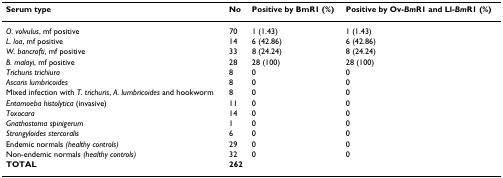
<table><thead><tr><td><b>Serum type</b></td><td><b>No</b></td><td><b>Positive by BmR1 (%)</b></td><td><b>Positive by Ov-<i>Bm</i>R1 and Ll-<i>Bm</i>R1 (%)</b></td></tr></thead><tbody><tr><td><i>O. volvulus</i>, mf positive</td><td>70</td><td>1 (1.43)</td><td>1 (1.43)</td></tr><tr><td><i>L. loa</i>, mf positive</td><td>14</td><td>6 (42.86)</td><td>6 (42.86)</td></tr><tr><td><i>W. bancrofti</i>, mf positive</td><td>33</td><td>8 (24.24)</td><td>8 (24.24)</td></tr><tr><td><i>B. malayi</i>, mf positive</td><td>28</td><td>28 (100)</td><td>28 (100)</td></tr><tr><td><i>Trichuris trichiura</i></td><td>8</td><td>0</td><td>0</td></tr><tr><td><i>Ascaris lumbricoides</i></td><td>8</td><td>0</td><td>0</td></tr><tr><td>Mixed infection with <i>T. trichuris</i>, <i>A. lumbricoides </i>and hookworm</td><td>8</td><td>0</td><td>0</td></tr><tr><td><i>Entamoeba histolytica </i>(invasive)</td><td>11</td><td>0</td><td>0</td></tr><tr><td><i>Toxocara</i></td><td>14</td><td>0</td><td>0</td></tr><tr><td><i>Gnathostoma spinigerum</i></td><td>1</td><td>0</td><td>0</td></tr><tr><td><i>Strongyloides stercoralis</i></td><td>6</td><td>0</td><td>0</td></tr><tr><td>Endemic normals <i>(healthy controls)</i></td><td>29</td><td>0</td><td>0</td></tr><tr><td>Non-endemic normals <i>(healthy controls)</i></td><td>32</td><td>0</td><td>0</td></tr><tr><td><b>TOTAL</b></td><td><b>262</b></td><td></td><td></td></tr></tbody></table>